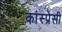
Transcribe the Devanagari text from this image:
कांस्प्रेसी